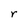
Character: r